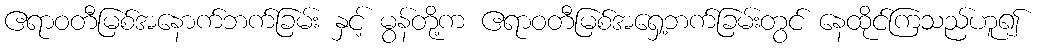
ဧရာဝတီမြစ်အနောက်ဘက်ခြမ်း နှင့် မွန်တို့က ဧရာဝတီမြစ်အရှေ့ဘက်ခြမ်းတွင် နေထိုင်ကြသည်ဟူ၍